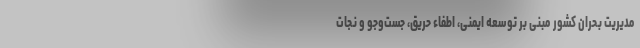
مدیریت بحران کشور مبنی ‌بر توسعه ایمنی، اطفاء حریق، جست‌وجو و نجات